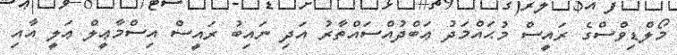
މޯލްޑިވްސްގެ ރައީސް މުޙައްމަދު ޢަބްދުއްސައްތާރު އަދި ނައިބު ރައީސް އިސްމާޢީލް ޢަލީ އާއި